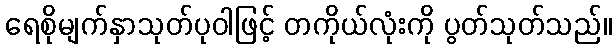
ရေစိုမျက်နှာသုတ်ပုဝါဖြင့် တကိုယ်လုံးကို ပွတ်သုတ်သည်။